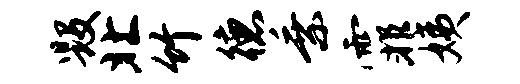
毁北竹德乘霏姨